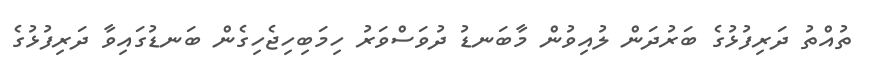
ތުއްތު ދަރިފުޅުގެ ބަރުދަން ލުއިވުން މާބަނޑު ދުވަސްވަރު ހިމަބިހިޖެހިގެން ބަނޑުގައިވާ ދަރިފުޅުގެ